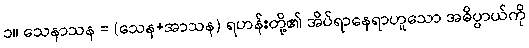
၁။ သေနာသန = (သေန+အာသန) ရဟန်းတို့၏ အိပ်ရာနေရာဟူသော အဓိပ္ပာယ်ကို